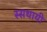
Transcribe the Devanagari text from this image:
स्सथायी